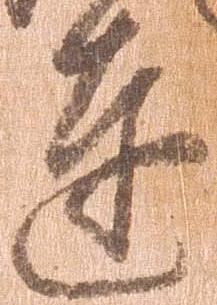
達